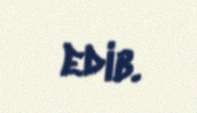
edib.